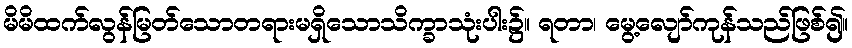
မိမိထက်လွန်မြတ်သောတရားမရှိသောသိက္ခာသုံးပါး၌။ ရတာ၊ မွေ့လျော်ကုန်သည်ဖြစ်၍။